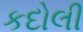
કદોલી